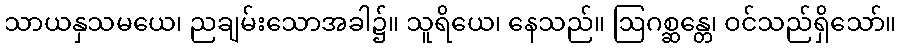
သာယနှသမယေ၊ ညချမ်းသောအခါ၌။ သူရိယေ၊ နေသည်။ ဩဂစ္ဆန္တေ၊ ဝင်သည်ရှိသော်။